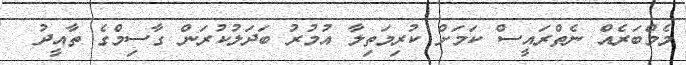
މެމްބަރެއް ނެތްރައީސް ކަމަށް ކުރިމަތިލާ އުމުރު ބަދަލުކުރަން ގާސިމްގެ ތާއީދު